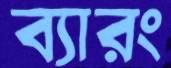
ব্যারং